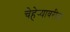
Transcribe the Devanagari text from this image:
चेहेर्‍यावरील